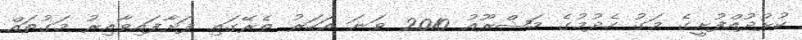
ކުޅުދުއްފުށީގެ މަގު ހެދުމުގެ މަޝްރޫއު 2010 ވަނަ އަހަރު ތެރޭގައި ފަށާފައިވާއިރު މަގުތައް